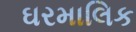
ઘરમાલિક